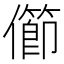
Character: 𠐉